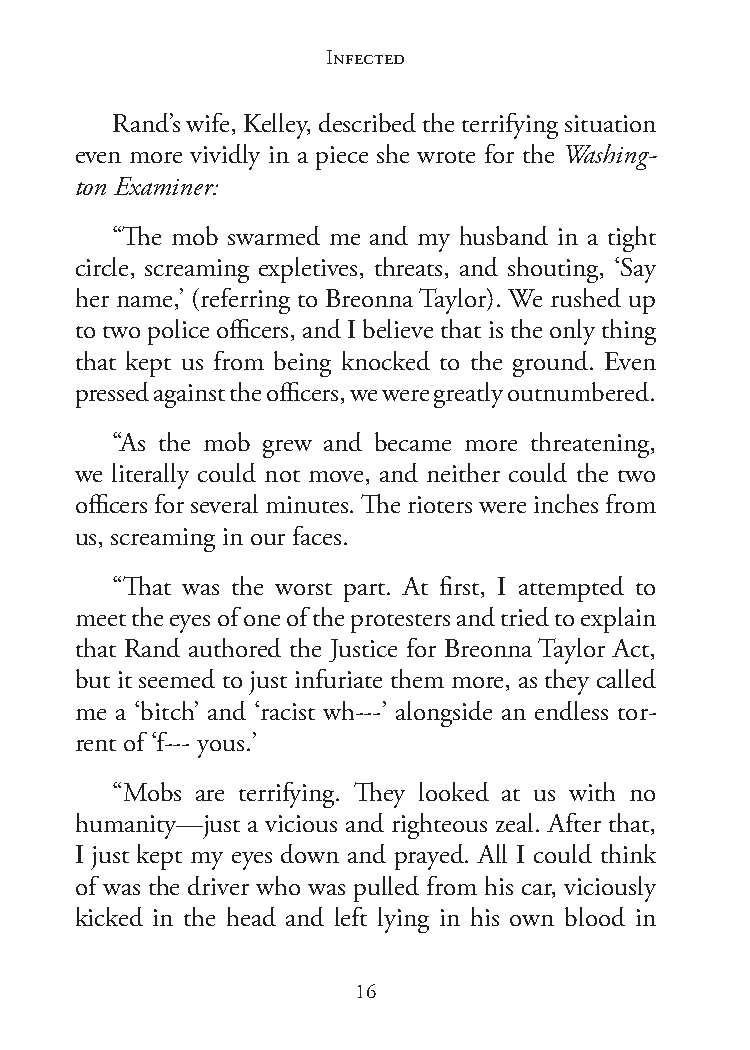
Infected
 Rand’s wife, Kelley, described the terrifying situation
 even more vividly in a piece she wrote for the Washing-
 ton Examiner:
 “The mob swarmed me and my husband in a tight
 circle, screaming expletives, threats, and shouting, ‘Say
 her name,’ (referring to Breonna Taylor). We rushed up
 to two police officers, and I believe that is the only thing
 that kept us from being knocked to the ground. Even
 pressed against the officers, we were greatly outnumbered.
 “As the mob grew and became more threatening,
 we literally could not move, and neither could the two
 officers for several minutes. The rioters were inches from
 us, screaming in our faces.
 “That was the worst part. At first, I attempted to
 meet the eyes of one of the protesters and tried to explain
 that Rand authored the Justice for Breonna Taylor Act,
 but it seemed to just infuriate them more, as they called
 me a ‘bitch’ and ‘racist wh---’ alongside an endless tor-
 rent of ‘f--- yous.’
 “Mobs are terrifying. They looked at us with no
 humanity—just a vicious and righteous zeal. After that,
 I just kept my eyes down and prayed. All I could think
 of was the driver who was pulled from his car, viciously
 kicked in the head and left lying in his own blood in
 16